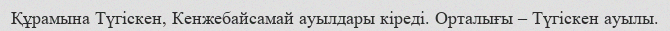
Құрамына Түгіскен, Кенжебайсамай ауылдары кіреді. Орталығы – Түгіскен ауылы.